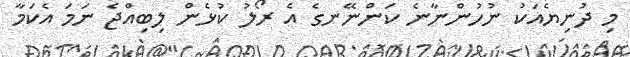
މި ދުނިޔެއަކު ނުހުންނާނެ ކަންނޭނގެ އެ ރޯލު ކުޅެން ލިބިއްޖެ ނަމަ އެކަމާ